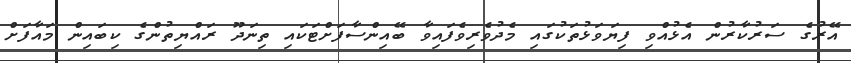
އޭރުގެ ސަރުކާރުން އެޅުއްވި ފިޔަވަޅުތަކުގައި މެދުވެރިވެފައިވާ ބޭއިންސާފަށްޓަކައި ތިނަދޫ ރައްޔިތުންގެ ކިބައިން މައާފަށް